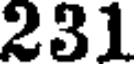
231